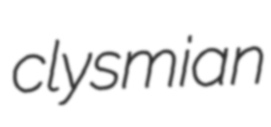
clysmian